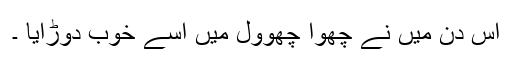
اس دن میں نے چھوا چھووّل میں اسے خوب دوڑایا ۔